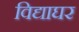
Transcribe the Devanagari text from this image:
विद्याघर